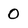
Character: 0